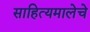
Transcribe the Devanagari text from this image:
साहित्यमालेचे